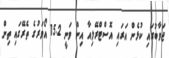
ޖަވާބުގައި ކުޅެން އަރައި އޮސްޓްރޭލިއާ އިން ވަނީ 15.2 އޯވަރުގެ ތެރޭގައި ތިން